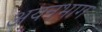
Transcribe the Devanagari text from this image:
अयनभाग